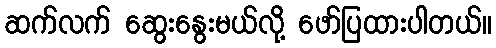
ဆက်လက် ဆွေးနွေးမယ်လို့ ဖော်ပြထားပါတယ်။